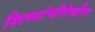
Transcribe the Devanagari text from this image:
शिष्यांचीदेखील